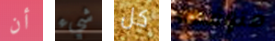
أن شيء كل متوقعة